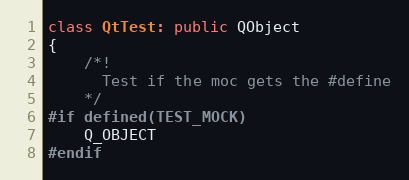
Language: C++
class QtTest: public QObject
{
    /*!
      Test if the moc gets the #define
    */
#if defined(TEST_MOCK)
    Q_OBJECT
#endif